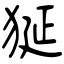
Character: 狿